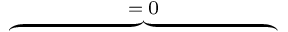
\overbrace { \phantom { \left. \sum _ { k = 1 } ^ { 3 } \varepsilon _ { 0 } ( \mathrm { d } _ { \rho } \varepsilon _ { \infty , k } ) \tilde { E } _ { k } E _ { k } \right| _ { 0 } ^ { T } } } ^ { = \; 0 }